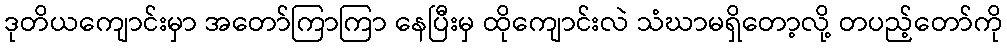
ဒုတိယကျောင်းမှာ အတော်ကြာကြာ နေပြီးမှ ထိုကျောင်းလဲ သံဃာမရှိတော့လို့ တပည့်တော်ကို